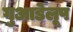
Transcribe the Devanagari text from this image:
गुआडेलूप